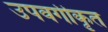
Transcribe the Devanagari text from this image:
उपवर्गीकृत